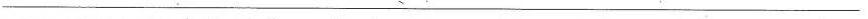
___